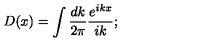
D ( x ) = \int \frac { d k } { 2 \pi } \frac { e ^ { i k x } } { i k } ;